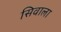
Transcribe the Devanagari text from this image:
सिवाला